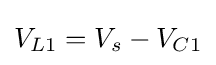
{\textstyle V_{L1}=V_{s}-V_{C1}}